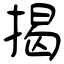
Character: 揭